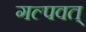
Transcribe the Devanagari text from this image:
गल्पवत्